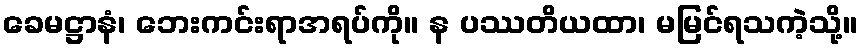
ခေမဋ္ဌာနံ၊ ဘေးကင်းရာအရပ်ကို။ န ပဿတိယထာ၊ မမြင်ရသကဲ့သို့။